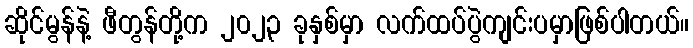
ဆိုင်မွန်နဲ့ ဖီတွန်တို့က ၂၀၂၃ ခုနှစ်မှာ လက်ထပ်ပွဲကျင်းပမှာဖြစ်ပါတယ်။